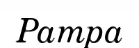
Pampa